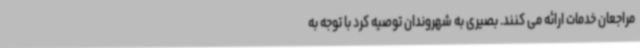
مراجعان خدمات ارائه می کنند. بصیری به شهروندان توصیه کرد با توجه به